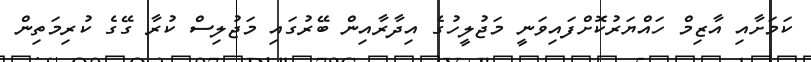
ކަމަށާއި އާޒިމް ހައްޔަރުކޮށްފައިވަނީ މަޖުލީހުގެ އިދާރާއިން ބޭރުގައި މަޖުލިސް ކުރާ ގޭގެ ކުރިމަތިން